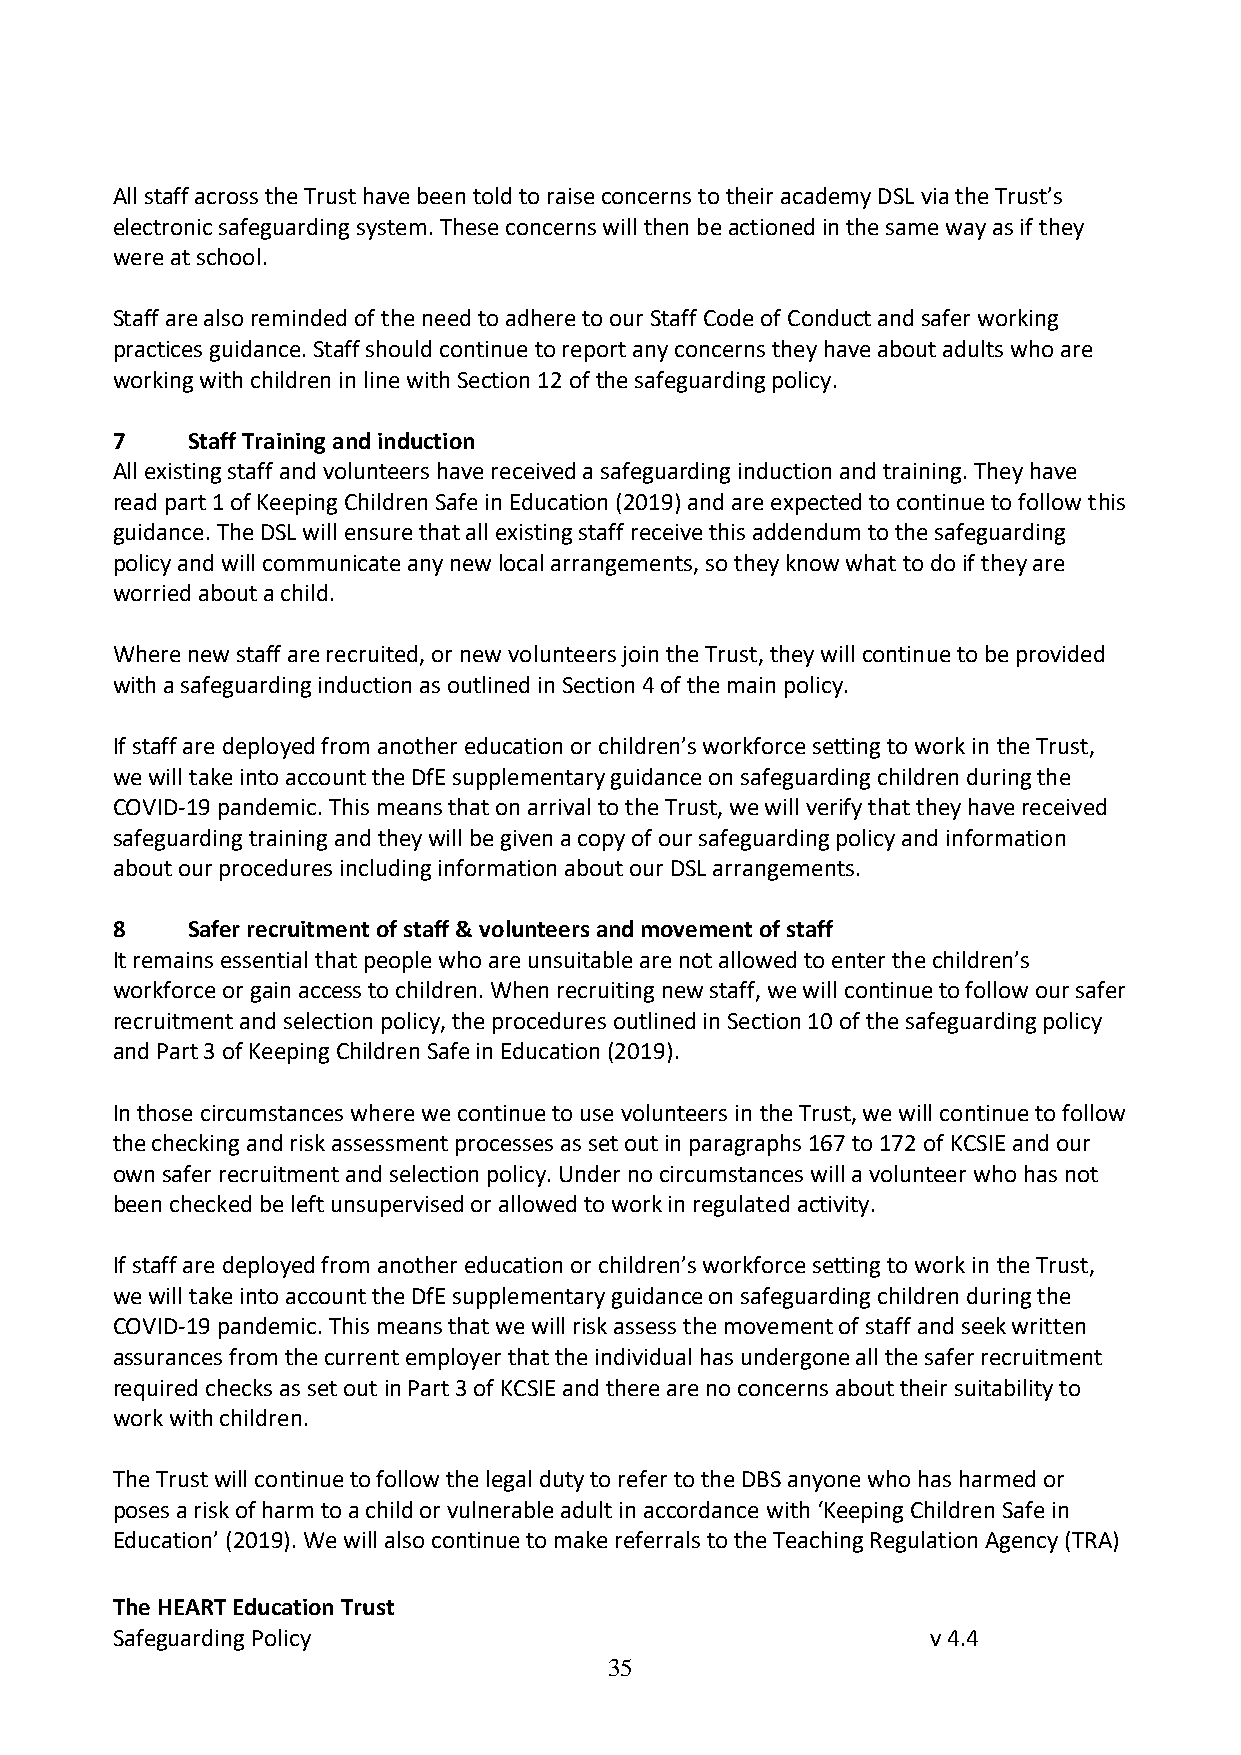
All staff across the Trust have been told to raise concerns to their academy DSL via the Trust’s
 electronic safeguarding system. These concerns will then be actioned in the same way as if they
 were at school.
 Staff are also reminded of the need to adhere to our Staff Code of Conduct and safer working
 practices guidance. Staff should continue to report any concerns they have about adults who are
 working with children in line with Section 12 of the safeguarding policy.
 7    Staff Training and induction
 All existing staff and volunteers have received a safeguarding induction and training. They have
 read part 1 of Keeping Children Safe in Education (2019) and are expected to continue to follow this
 guidance. The DSL will ensure that all existing staff receive this addendum to the safeguarding
 policy and will communicate any new local arrangements, so they know what to do if they are
 worried about a child.
 Where new staff are recruited, or new volunteers join the Trust, they will continue to be provided
 with a safeguarding induction as outlined in Section 4 of the main policy.
 If staff are deployed from another education or children’s workforce setting to work in the Trust,
 we will take into account the DfE supplementary guidance on safeguarding children during the
 COVID-19 pandemic. This means that on arrival to the Trust, we will verify that they have received
 safeguarding training and they will be given a copy of our safeguarding policy and information
 about our procedures including information about our DSL arrangements.
 8    Safer recruitment of staff & volunteers and movement of staff
 It remains essential that people who are unsuitable are not allowed to enter the children’s
 workforce or gain access to children. When recruiting new staff, we will continue to follow our safer
 recruitment and selection policy, the procedures outlined in Section 10 of the safeguarding policy
 and Part 3 of Keeping Children Safe in Education (2019).
 In those circumstances where we continue to use volunteers in the Trust, we will continue to follow
 the checking and risk assessment processes as set out in paragraphs 167 to 172 of KCSIE and our
 own safer recruitment and selection policy. Under no circumstances will a volunteer who has not
 been checked be left unsupervised or allowed to work in regulated activity.
 If staff are deployed from another education or children’s workforce setting to work in the Trust,
 we will take into account the DfE supplementary guidance on safeguarding children during the
 COVID-19 pandemic. This means that we will risk assess the movement of staff and seek written
 assurances from the current employer that the individual has undergone all the safer recruitment
 required checks as set out in Part 3 of KCSIE and there are no concerns about their suitability to
 work with children.
 The Trust will continue to follow the legal duty to refer to the DBS anyone who has harmed or
 poses a risk of harm to a child or vulnerable adult in accordance with ‘Keeping Children Safe in
 Education’ (2019). We will also continue to make referrals to the Teaching Regulation Agency (TRA)
 The HEART Education Trust
 Safeguarding Policy                                    v 4.4
 35